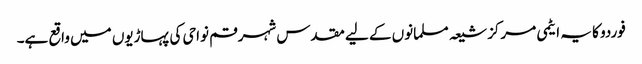
فوردو کا یہ ایٹمی مرکز شیعہ مسلمانوں کے لیے مقدس شہر قم نواحی کی پہاڑیوں میں واقع ہے۔